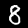
Label: 8